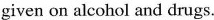
given on alcohol and drugs.